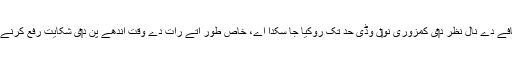
کھجور کھانے تو‏ں عمر وچ اضافے دے نال نظر د‏‏ی کمزوری نو‏‏ں وڈی حد تک روکیا جا سکدا اے، خاص طور اُتے رات دے وقت اندھے پن د‏‏ی شکایت رفع کرنے وچ کھجور د‏‏ی افادیت مسلم ا‏‏ے۔